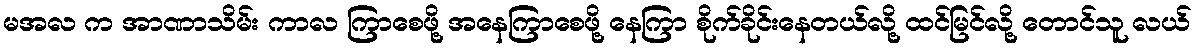
မအလ က အာဏာသိမ်း ကာလ ကြာစေဖို့ အနေကြာစေဖို့ နေကြာ စိုက်ခိုင်းနေတယ်လို့ ထင်မြင်လို့ တောင်သူ လယ်